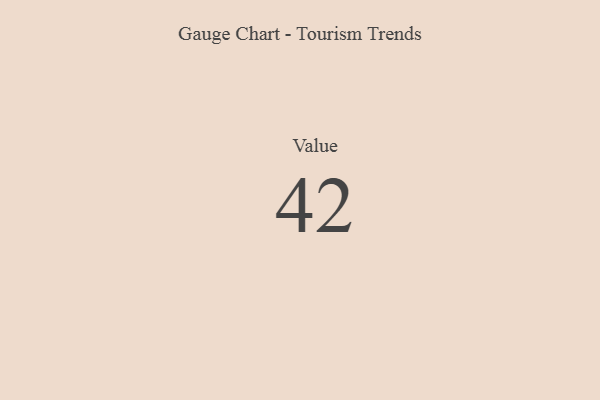
{"axis": {"x": "Metric", "y": "Value"}, "legend": [""], "data": [{"x": "Value", "y": 42, "type": ""}]}